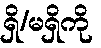
ရှိ/မရှိကို